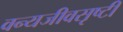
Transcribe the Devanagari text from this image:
वन्यजीवसृष्टी